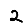
Digit: 2